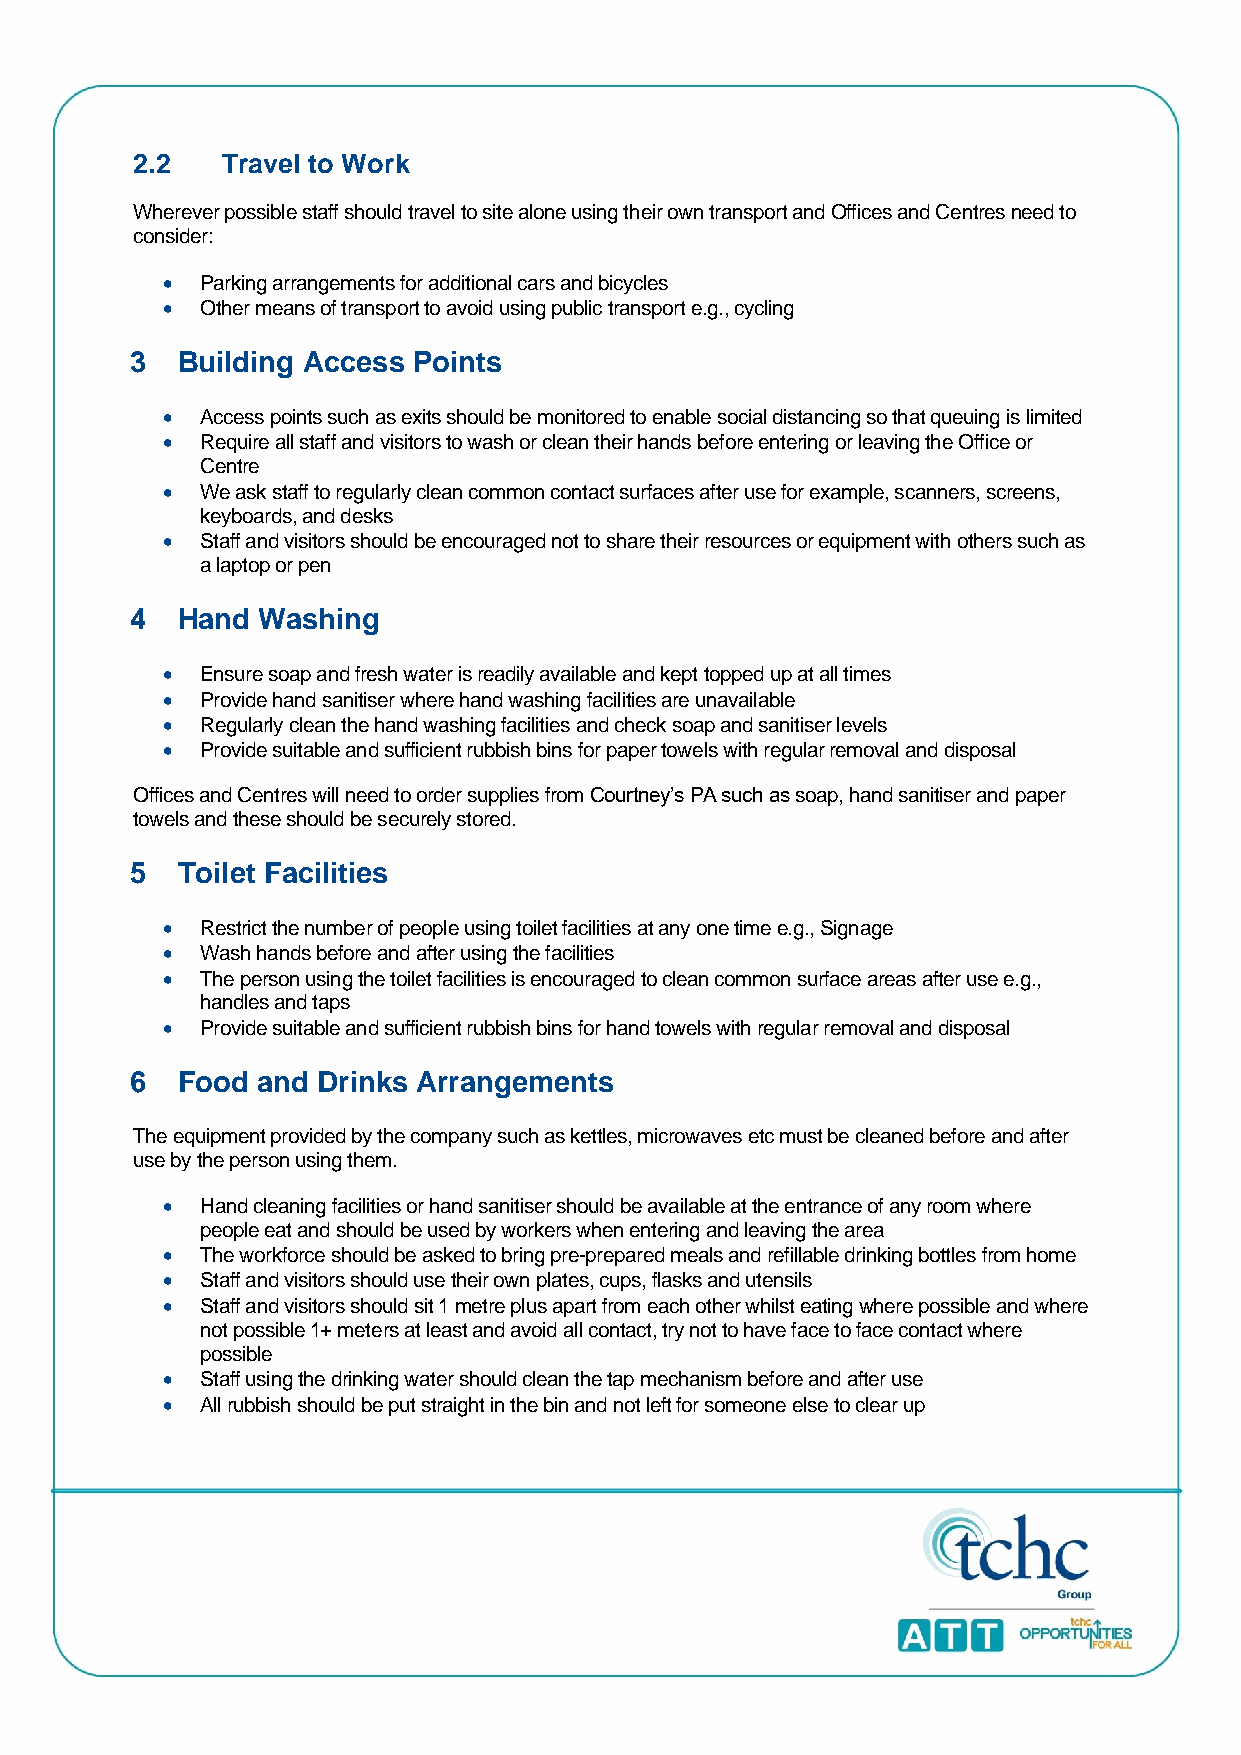
2.2   Travel to Work
 Wherever possible staff should travel to site alone using their own transport and Offices and Centres need to
 consider:
 • Parking arrangements for additional cars and bicycles
 • Other means of transport to avoid using public transport e.g., cycling
 3  Building Access Points
 • Access points such as exits should be monitored to enable social distancing so that queuing is limited
 • Require all staff and visitors to wash or clean their hands before entering or leaving the Office or
 Centre
 • We ask staff to regularly clean common contact surfaces after use for example, scanners, screens,
 keyboards, and desks
 • Staff and visitors should be encouraged not to share their resources or equipment with others such as
 a laptop or pen
 4  Hand Washing
 • Ensure soap and fresh water is readily available and kept topped up at all times
 • Provide hand sanitiser where hand washing facilities are unavailable
 • Regularly clean the hand washing facilities and check soap and sanitiser levels
 • Provide suitable and sufficient rubbish bins for paper towels with regular removal and disposal
 Offices and Centres will need to order supplies from Courtney’s PA such as soap, hand sanitiser and paper
 towels and these should be securely stored.
 5  Toilet Facilities
 • Restrict the number of people using toilet facilities at any one time e.g., Signage
 • Wash hands before and after using the facilities
 • The person using the toilet facilities is encouraged to clean common surface areas after use e.g.,
 handles and taps
 • Provide suitable and sufficient rubbish bins for hand towels with regular removal and disposal
 6  Food and Drinks Arrangements
 The equipment provided by the company such as kettles, microwaves etc must be cleaned before and after
 use by the person using them.
 • Hand cleaning facilities or hand sanitiser should be available at the entrance of any room where
 people eat and should be used by workers when entering and leaving the area
 • The workforce should be asked to bring pre-prepared meals and refillable drinking bottles from home
 • Staff and visitors should use their own plates, cups, flasks and utensils
 • Staff and visitors should sit 1 metre plus apart from each other whilst eating where possible and where
 not possible 1+ meters at least and avoid all contact, try not to have face to face contact where
 possible
 • Staff using the drinking water should clean the tap mechanism before and after use
 • All rubbish should be put straight in the bin and not left for someone else to clear up